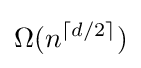
\Omega (n^{\lceil d/2\rceil })